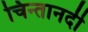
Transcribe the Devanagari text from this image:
चिन्तानदी